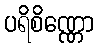
ပရိစိဏ္ဏော